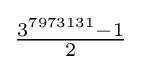
{\tfrac {3^{7973131}-1}{2}}